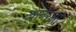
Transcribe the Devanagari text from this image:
ज्ञानरक्षा